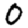
Digit: 0